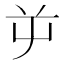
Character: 屰